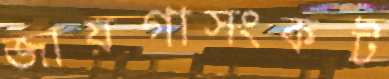
জায়গাসংকট